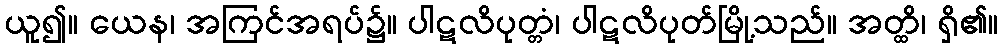
ယူ၍။ ယေန၊ အကြင်အရပ်၌။ ပါဋလိပုတ္တံ၊ ပါဋလိပုတ်မြို့သည်။ အတ္ထိ၊ ရှိ၏။